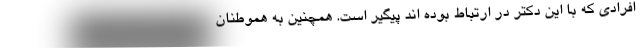
افرادی که با این دکتر در ارتباط بوده اند پیگیر است. همچنین به هموطنان